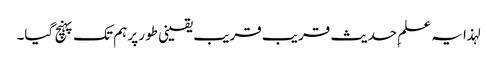
لہذا یہ علمِ حدیث قریب قریب یقینی طور پر ہم تک پہنچ گیا۔